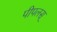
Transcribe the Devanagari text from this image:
पीपलस्